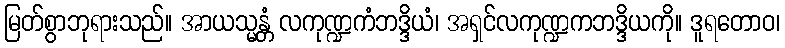
မြတ်စွာဘုရားသည်။ အာယသ္မန္တံ လကုဏ္ဍကံဘဒ္ဒိယံ၊ အရှင်လကုဏ္ဍကဘဒ္ဒိယကို။ ဒူရတောဝ၊